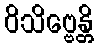
ဝိသိဗ္ဗေန္တိ